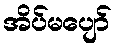
အိပ်မပျော်